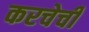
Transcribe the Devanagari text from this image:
करचेची